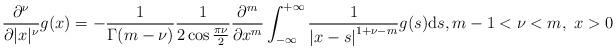
LaTeX: \begin{align*} \frac{\partial^\nu}{\partial |x|^\nu} g(x) = -\frac{1}{\Gamma(m-\nu)} \frac{1}{2\cos\frac{\pi\nu}{2}}\frac{\partial^m}{\partial x^m} \int_{-\infty}^{+\infty} \frac{1}{\left|x-s\right|^{1+\nu-m}} g(s) \mathrm ds, m-1<\nu<m, \ x>0 \end{align*}